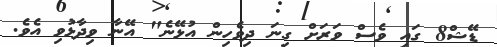
ޑޭޝް8 ގައި ވެސް ވަރަށް ގިނަ ދިވެހިން އުޅޭނެ" އޭނާ ވިދާޅުވި އެވެ.